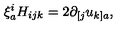
\xi _ { a } ^ { i } H _ { i j k } = 2 \partial _ { [ j } u _ { k ] a } ,